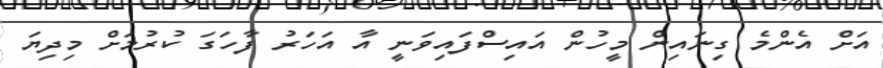
އަށް އެންމެ ގިނައިން މީހުން އައިސްފައިވަނީ އާ އަހަރު ފާހަގަ ކުރުމަށް މިދިޔަ